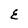
Character: E